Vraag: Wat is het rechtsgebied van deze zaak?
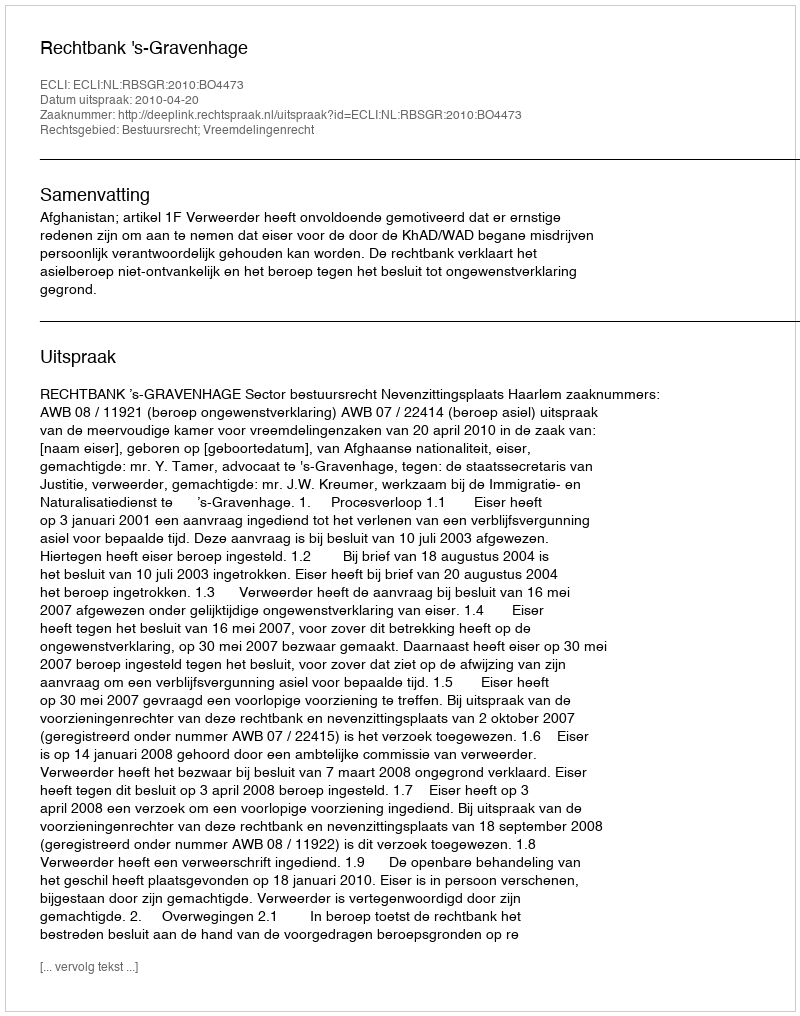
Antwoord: Bestuursrecht; Vreemdelingenrecht